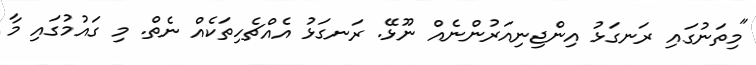
"މިތަނުގައި ރަނގަޅު އިންޖިނިއަރުންނެއް ނޫޅޭ. ރަނގަޅު އެއްޗެހިތަކެއް ނެތް. މި ގައުމުގައި މާ